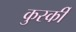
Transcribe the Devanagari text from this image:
कुर्स्की